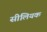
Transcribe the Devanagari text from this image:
सीलियक